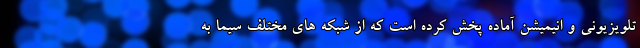
تلویزیونی و انیمیشن آماده پخش کرده است که از شبکه های مختلف سیما به